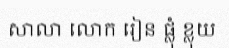
សាលា លោក រៀន ផ្លុំ ខ្លុយ